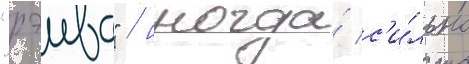
"рэива" / иногда́ с'и́льно